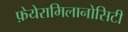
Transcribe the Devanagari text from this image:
फ़ेयेरामिलानोसिटी